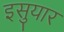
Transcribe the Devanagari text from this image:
इसुयार